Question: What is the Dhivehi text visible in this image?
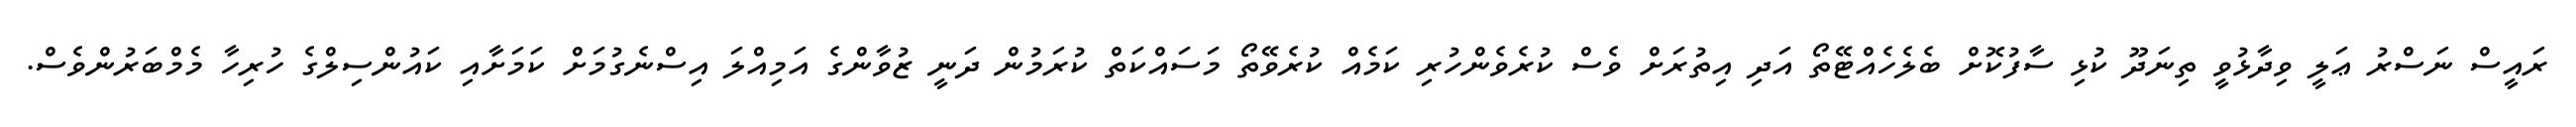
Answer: ރައީސް ނަސްރު ޢަލީ ވިދާޅުވީ ތިނަދޫ ކުޅި ސާފުކޮށް ބެލެހެއްޓޭތޯ އަދި އިތުރަށް ވެސް ކުރެވެންހުރި ކަމެއް ކުރެވޭތޯ މަސައްކަތް ކުރަމުން ދަނީ ޒުވާންގެ އަމިއްލަ އިސްނެގުމަށް ކަމަށާއި ކައުންސިލްގެ ހުރިހާ މެމްބަރުންވެސް.